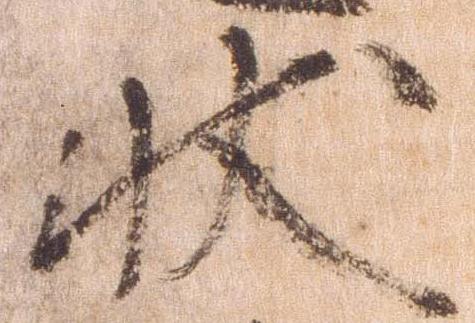
状